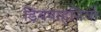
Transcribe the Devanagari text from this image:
डिंबवाहनियों